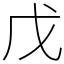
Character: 戊